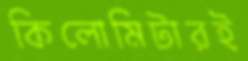
কিলোমিটারই